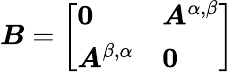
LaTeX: \boldsymbol{B}=\left[\begin{array}{ll}{\boldsymbol{0}}&{\boldsymbol{A}^{\alpha,\beta}}\\ {\boldsymbol{A}^{\beta,\alpha}}&{\boldsymbol{0}}\end{array}\right]